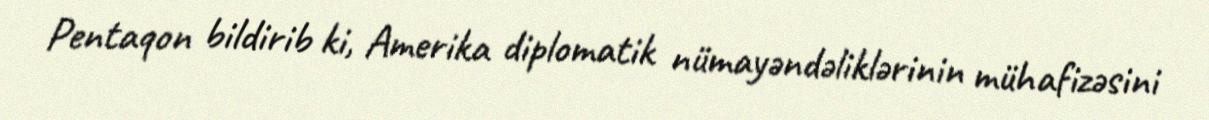
Pentaqon bildirib ki, Amerika diplomatik nümayəndəliklərinin mühafizəsini